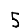
Digit: 5